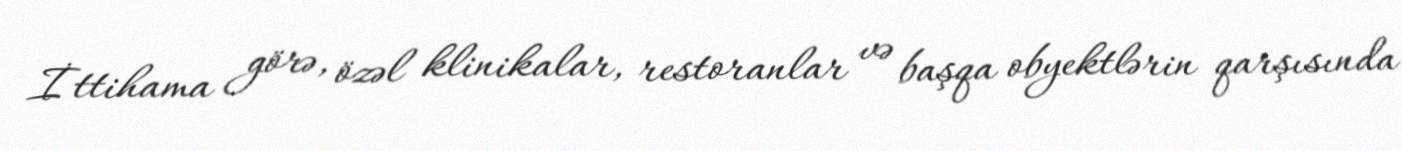
İttihama görə, özəl klinikalar, restoranlar və başqa obyektlərin qarşısında